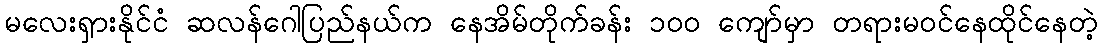
မလေးရှားနိုင်ငံ ဆလန်ဂေါပြည်နယ်က နေအိမ်တိုက်ခန်း ၁၀၀ ကျော်မှာ တရားမဝင်နေထိုင်နေတဲ့